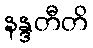
နန္ဒတီတိ